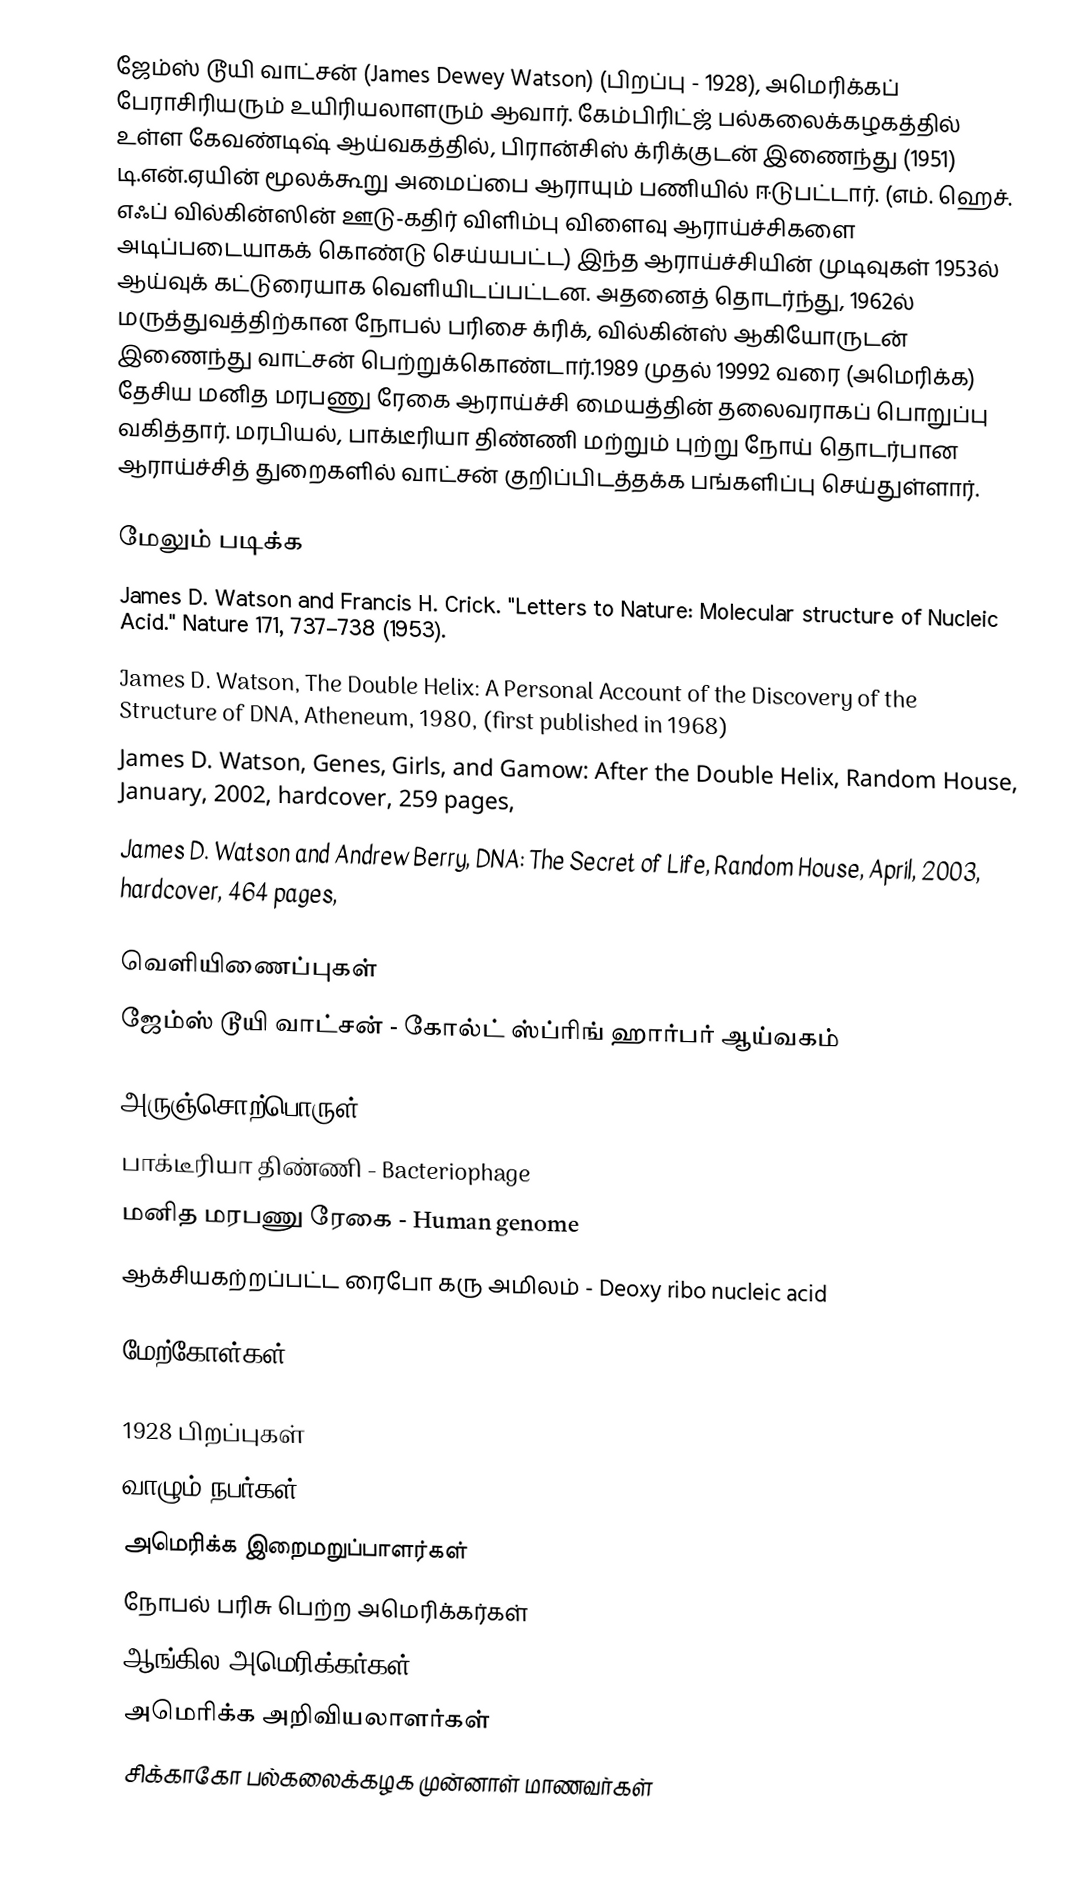
ஜேம்ஸ் டூயி வாட்சன் (James Dewey Watson) (பிறப்பு - 1928), அமெரிக்கப் பேராசிரியரும் உயிரியலாளரும் ஆவார். கேம்பிரிட்ஜ் பல்கலைக்கழகத்தில் உள்ள கேவண்டிஷ் ஆய்வகத்தில், பிரான்சிஸ் க்ரிக்குடன் இணைந்து (1951) டி.என்.ஏயின் மூலக்கூறு அமைப்பை ஆராயும் பணியில் ஈடுபட்டார். (எம். ஹெச். எஃப் வில்கின்ஸின் ஊடு-கதிர் விளிம்பு விளைவு ஆராய்ச்சிகளை அடிப்படையாகக் கொண்டு செய்யபட்ட) இந்த ஆராய்ச்சியின் முடிவுகள் 1953ல் ஆய்வுக் கட்டுரையாக வெளியிடப்பட்டன. அதனைத் தொடர்ந்து, 1962ல் மருத்துவத்திற்கான நோபல் பரிசை க்ரிக், வில்கின்ஸ் ஆகியோருடன் இணைந்து வாட்சன் பெற்றுக்கொண்டார்.1989 முதல் 19992 வரை (அமெரிக்க) தேசிய மனித மரபணு ரேகை ஆராய்ச்சி மையத்தின் தலைவராகப் பொறுப்பு வகித்தார். மரபியல், பாக்டீரியா திண்ணி மற்றும் புற்று நோய் தொடர்பான ஆராய்ச்சித் துறைகளில் வாட்சன் குறிப்பிடத்தக்க பங்களிப்பு செய்துள்ளார்.

மேலும் படிக்க
 James D. Watson and Francis H. Crick. "Letters to Nature: Molecular structure of Nucleic Acid." Nature 171, 737–738 (1953).
 James D. Watson, The Double Helix: A Personal Account of the Discovery of the Structure of DNA, Atheneum, 1980,  (first published in 1968)
 James D. Watson, Genes, Girls, and Gamow: After the Double Helix, Random House, January, 2002, hardcover, 259 pages,
 James D. Watson and Andrew Berry, DNA: The Secret of Life, Random House, April, 2003, hardcover, 464 pages,

வெளியிணைப்புகள்
 ஜேம்ஸ் டூயி வாட்சன் - கோல்ட் ஸ்ப்ரிங் ஹார்பர் ஆய்வகம்

அருஞ்சொற்பொருள்
 பாக்டீரியா திண்ணி - Bacteriophage
 மனித மரபணு ரேகை - Human genome
 ஆக்சியகற்றப்பட்ட ரைபோ கரு அமிலம் - Deoxy ribo nucleic acid

மேற்கோள்கள்

1928 பிறப்புகள்
வாழும் நபர்கள்
அமெரிக்க இறைமறுப்பாளர்கள்
நோபல் பரிசு பெற்ற அமெரிக்கர்கள்
ஆங்கில அமெரிக்கர்கள்
அமெரிக்க அறிவியலாளர்கள்
சிக்காகோ பல்கலைக்கழக முன்னாள் மாணவர்கள்